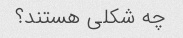
چه شکلی هستند؟